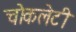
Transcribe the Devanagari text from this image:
चोकलेटी